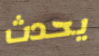
يحدث